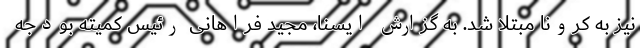
نیز به کرونا مبتلا شد. به گزارش ایسنا، مجید فراهانی رئیس کمیته بودجه